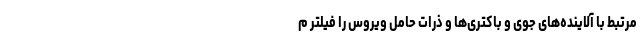
مرتبط با آلاینده‌های جوی و باکتری‌ها و ذرات حامل ویروس را فیلتر م